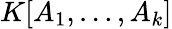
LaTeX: K[A_{1},\ldots,A_{k}]